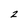
Character: 2